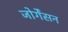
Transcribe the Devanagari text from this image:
जोर्गेंसन